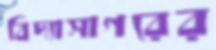
বিদ্যাসাগরের